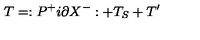
T = : P ^ { + } i \partial X ^ { - } : + T _ { S } + T ^ { \prime }